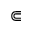
\Subset